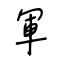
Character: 軍